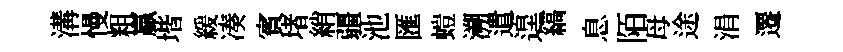
溝慢粗贏堦緩凑賓堵綃疆池匯螘溯遣遑縞息陌母途涓遷